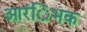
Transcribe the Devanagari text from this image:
आरंिभक